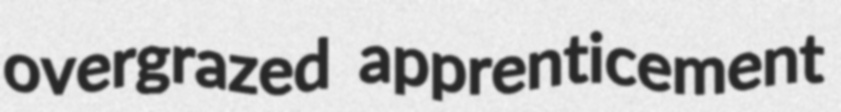
overgrazed apprenticement